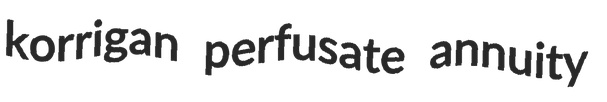
korrigan perfusate annuity